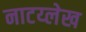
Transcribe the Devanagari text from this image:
नाटय्लेख